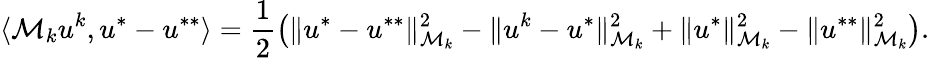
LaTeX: \langle\mathcal M_{k}u^{k},u^{*}-u^{**}\rangle=\frac{1}{2}\big(\Vert u^{*}-u^{**}\Vert_{\mathcal M_{k}}^{2}-\Vert u^{k}-u^{*}\Vert_{\mathcal M_{k}}^{2}+\Vert u^{*}\Vert_{\mathcal M_{k}}^{2}-\Vert u^{**}\Vert_{\mathcal M_{k}}^{2}\big).